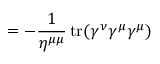
= - { \frac { 1 } { \eta ^ { \mu \mu } } } \operatorname { t r } ( \gamma ^ { \nu } \gamma ^ { \mu } \gamma ^ { \mu } )